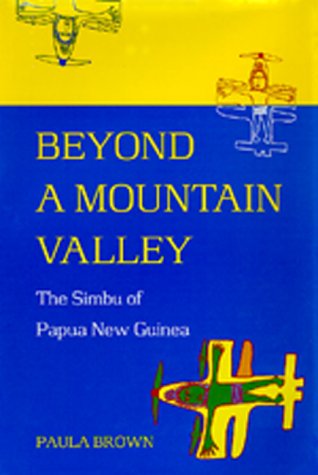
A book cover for Beyond a Mountain Valley: The Simbu of Papua New Guinea; Paula Brown; History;